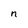
Character: n